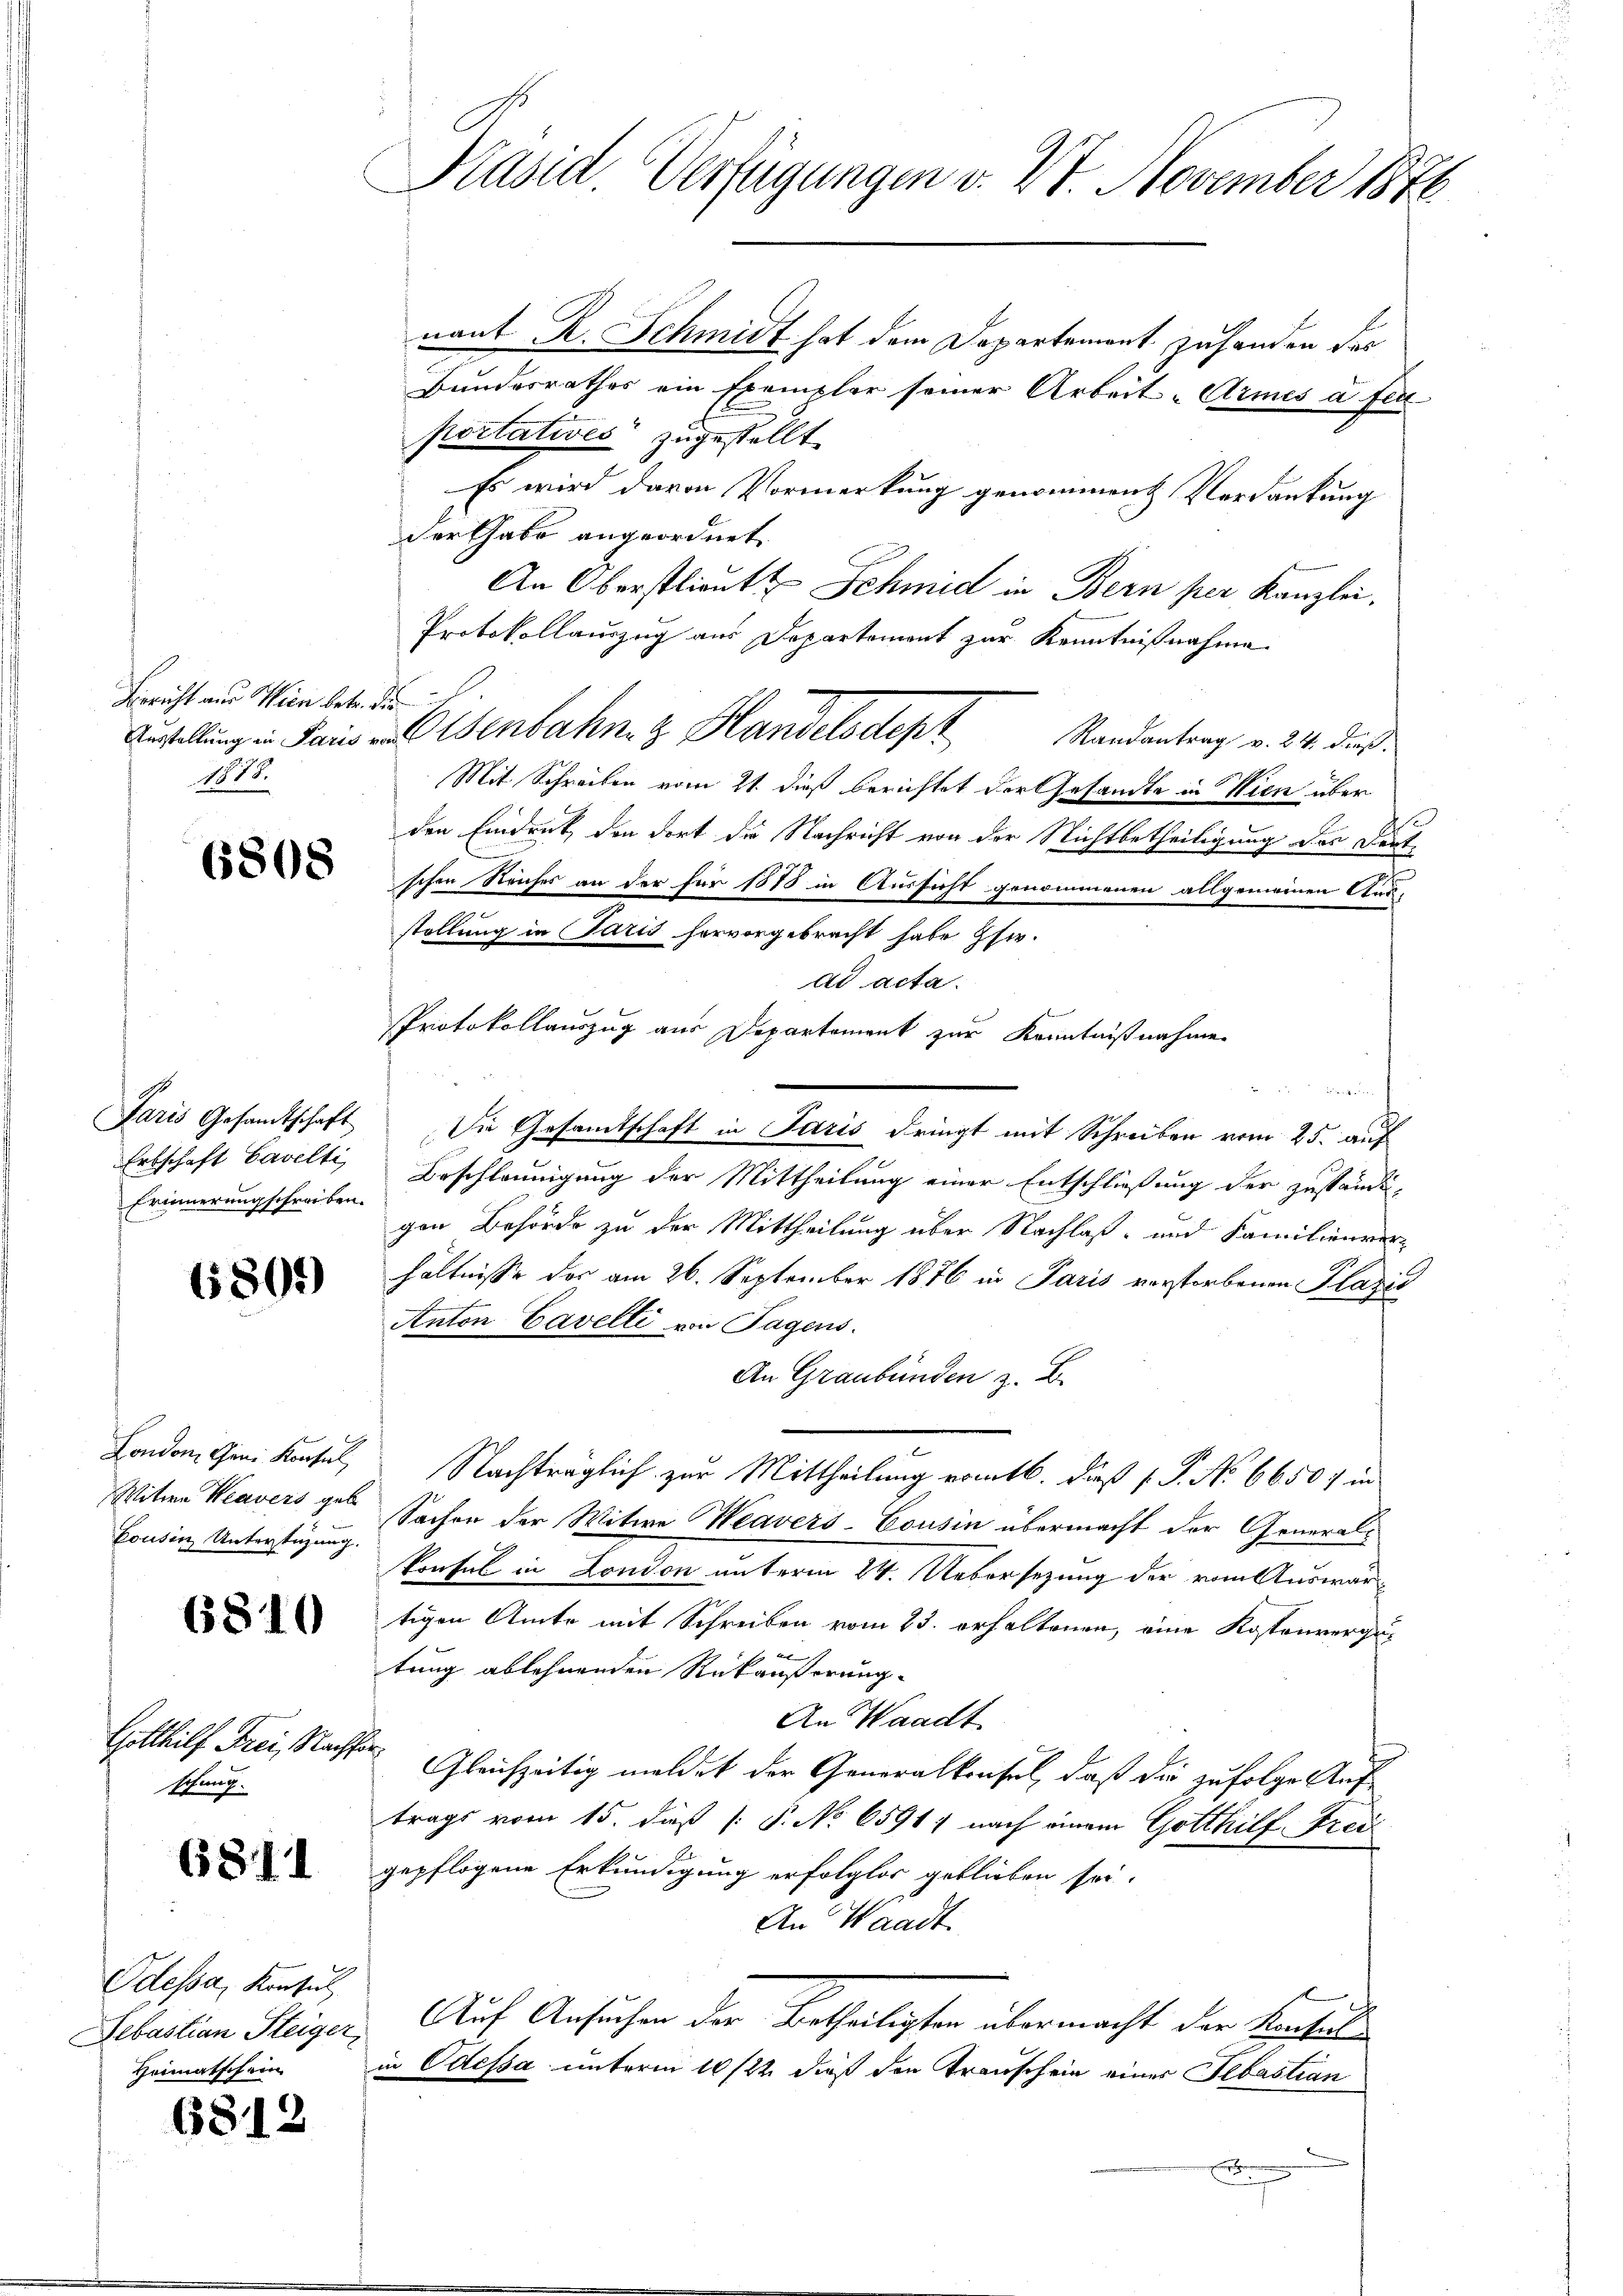
Bericht aus Wien betr.
1878.

6808

Paris Gesandtschaft
Erbschaft Cavelti,
Erinnerungschreiben.

6805)

London, Geni Konsul
Witwe Keavers geb
Cousin Unterstüzung.

6810

Gotthilf Frei, Nacht.
schung.

6811

Odessa, Konsul
Lebastian Steiger,
Heimatschein

6812

Präsid. Verfügungen v. 21. November 1876

nant R. Schmidt hat dem Departement zu handen des
Bundesrathes ein Exemplar seiner Arbeit-Armes a fer
portatives zugestellt
Es wird davon Vormerkung genomment Verdankung
der Gabe angeordnet
An Oberstlient Schmid in Bern per Kanzlei.
Protokollauszug aus Departemont zur Kenntnißnahme
a
Anstellung in Sainenbahnen Handelsdept Mandantrag v. 24. das
Mit Schreiben vom 21. dieß berichtet der Gesandte in Wien über
den Eindruck, den dort die Nachricht von der Nichtbetheiligung des Deut
ischen Reiches an der für 1878 in Aussicht genommenen allgemeinen Aus-
.
stellung in Paris hervorgebracht habe Esw.
dd acta.
Protokollauszug aus Departement zur Kenntnißnahme
 Hat dem
Die Gesamtschaft in Paris dringt mit Schreiben vom 25. auf
Beschleunigung der Mittheilung einer Entschließung der zuständi-
gen Behörde zu der Mittheilung über Nachlaß- und Familienver-
hältnisse des am 26. September 1876 in Paris verstorbenen Plazić
Anton Cavelli von Tagens.
An Graubünden z. B.
Nachträglich zur Mittheilung vom 16. dieß (P. No 6650: in
Sachen der Witwe Weavers-Cousin übermacht der General-
konsul in London unterm 24. Uebersezung der vom Auswartigen Amte mit Schreiben vom 23. erhaltenen, eine Kostenvergutung ablehnenden Rückäußerung.
An Waadt
 Gleichzeitig meldet der Generalkonsel, daß die zufolge Auf-
trags vom 15. daß P. No 6591) nach einem Gotthilf Trei
gepflogene Erkundigung erfolglos geblieben sei.
An Waadt
Auf Ansuchen der Betheiligten übermacht der Konsul
in Odessa unterm 10/22. dieß den Transchein einer Sebastian
x